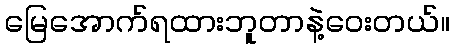
မြေအောက်ရထားဘူတာနဲ့ဝေးတယ်။